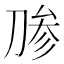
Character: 𰄶